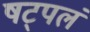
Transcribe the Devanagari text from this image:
षट्पलं